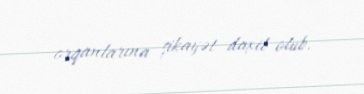
orqanlarına şikayət daxil olub.